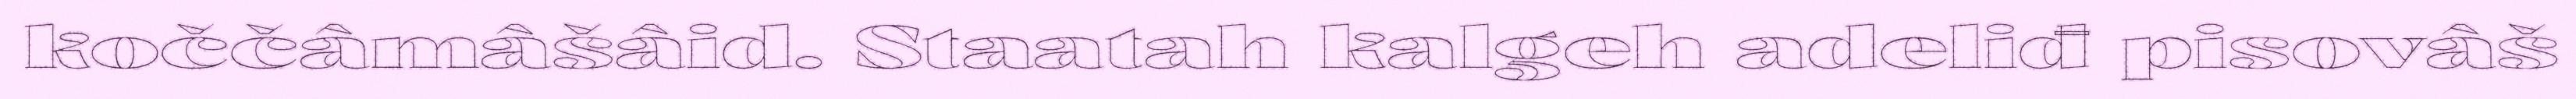
koččâmâšâid. Staatah kalgeh adeliđ pisovâš